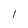
Character: l